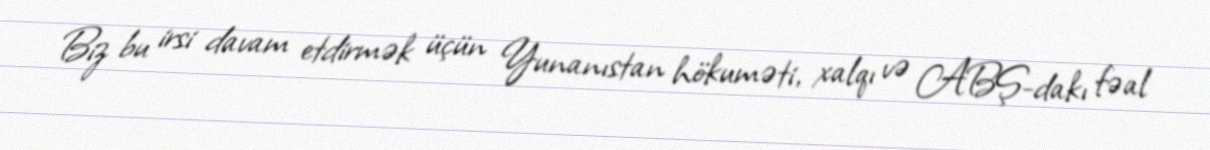
Biz bu irsi davam etdirmək üçün Yunanıstan hökuməti, xalqı və ABŞ-dakı fəal